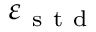
\varepsilon _ { \mathrm { ~ s ~ t ~ d ~ } }